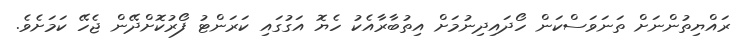
ރައްޔިތުންނަށް ތަނަވަސްކަން ހޯދައިދިނުމަށް އިތުބާރާއެކު ހެޔޮ އަގުގައި ކަރަންޓު ފޯރުކޮށްދޭން ޖެހޭ ކަމަށެވެ.